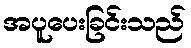
အပူပေးခြင်းသည်